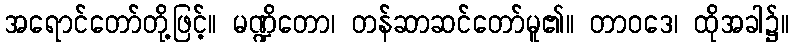
အရောင်တော်တို့ဖြင့်။ မဏ္ဍိတော၊ တန်ဆာဆင်တော်မူ၏။ တာဝဒေ၊ ထိုအခါ၌။